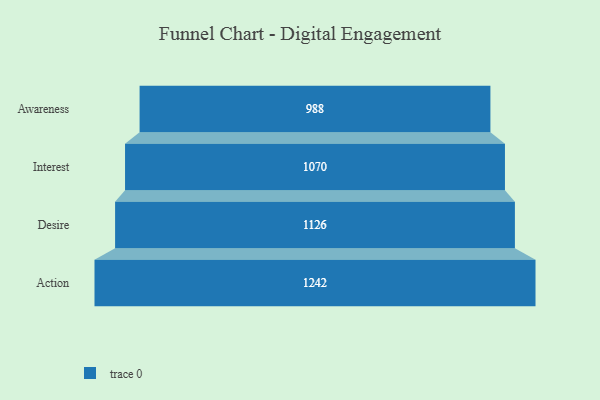
{"axis": {"x": "Stage", "y": "Value"}, "legend": [""], "data": [{"x": "Awareness", "y": 988.0, "type": ""}, {"x": "Interest", "y": 1070.0, "type": ""}, {"x": "Desire", "y": 1126.0, "type": ""}, {"x": "Action", "y": 1242.0, "type": ""}]}